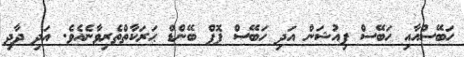
ހަބޭސްއާއި ހަބޭސް ފިއުޝަން އަދި ހަބޭސް ޕޮޕް ބޭންޑް ޙަރަކާތްތެރިވާނެއެވެ. އަދި ދާދި